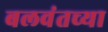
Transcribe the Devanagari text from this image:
बलवंतच्या